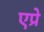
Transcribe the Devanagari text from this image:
एप्रे